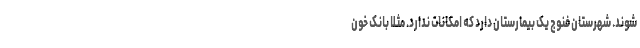
شوند. شهرستان فنوج یک بیمارستان دارد که امکانات ندارد. مثلا بانک خون